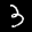
Label: 3